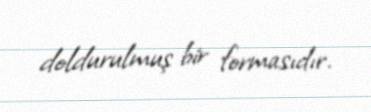
doldurulmuş bir formasıdır.